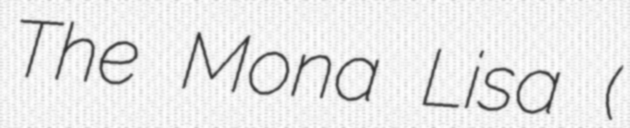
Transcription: The Mona Lisa (